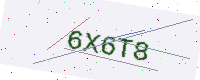
Text: 6X6T8